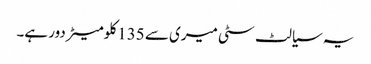
یہ سیالٹ سٹی میری سے 135 کلومیٹر دور ہے۔